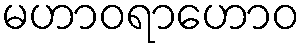
မဟာဝရာဟောဝ